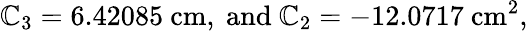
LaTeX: \mathbb{C}_{3}=6.42085\ \mathrm{{cm}},\ \mathrm{{and}}\ \mathbb{C}_{2}=-12.0717\ \mathrm{{cm}}^{2},